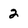
Character: 2